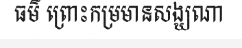
ធម៌ ព្រោះកម្រមានសង្ឃណា